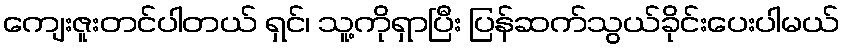
ကျေးဇူးတင်ပါတယ် ရှင်၊ သူ့ကိုရှာပြီး ပြန်ဆက်သွယ်ခိုင်းပေးပါမယ်